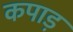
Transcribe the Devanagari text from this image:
कपाड़